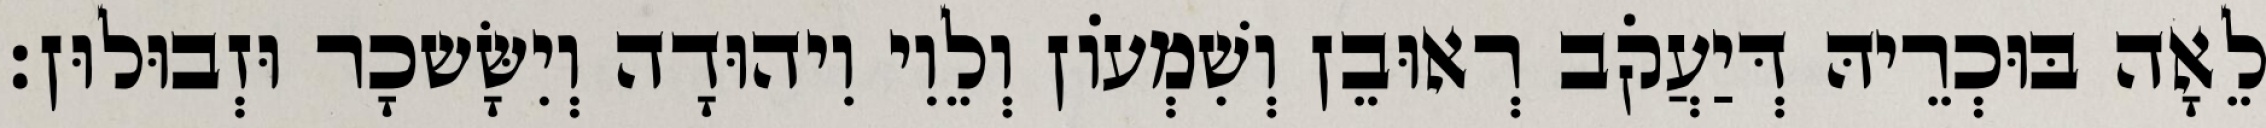
לֵאָה בּוּכְרֵיהּ דְּיַעֲקֹב רְאוּבֵן וְשִׁמְעוֹן וְלֵוִי וִיהוּדָה וְיִשָּׂשכָר וּזְבוּלוּן׃